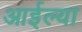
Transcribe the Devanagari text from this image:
आईल्या